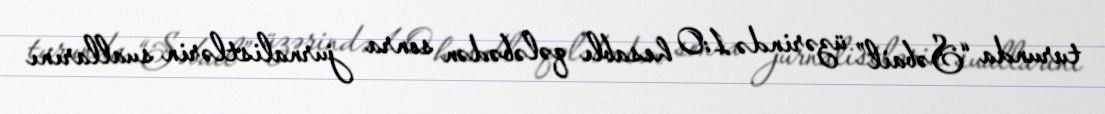
turunda “Səbail” üzərində 1:0 hesablı qələbədən sonra jurnalistlərin suallarını